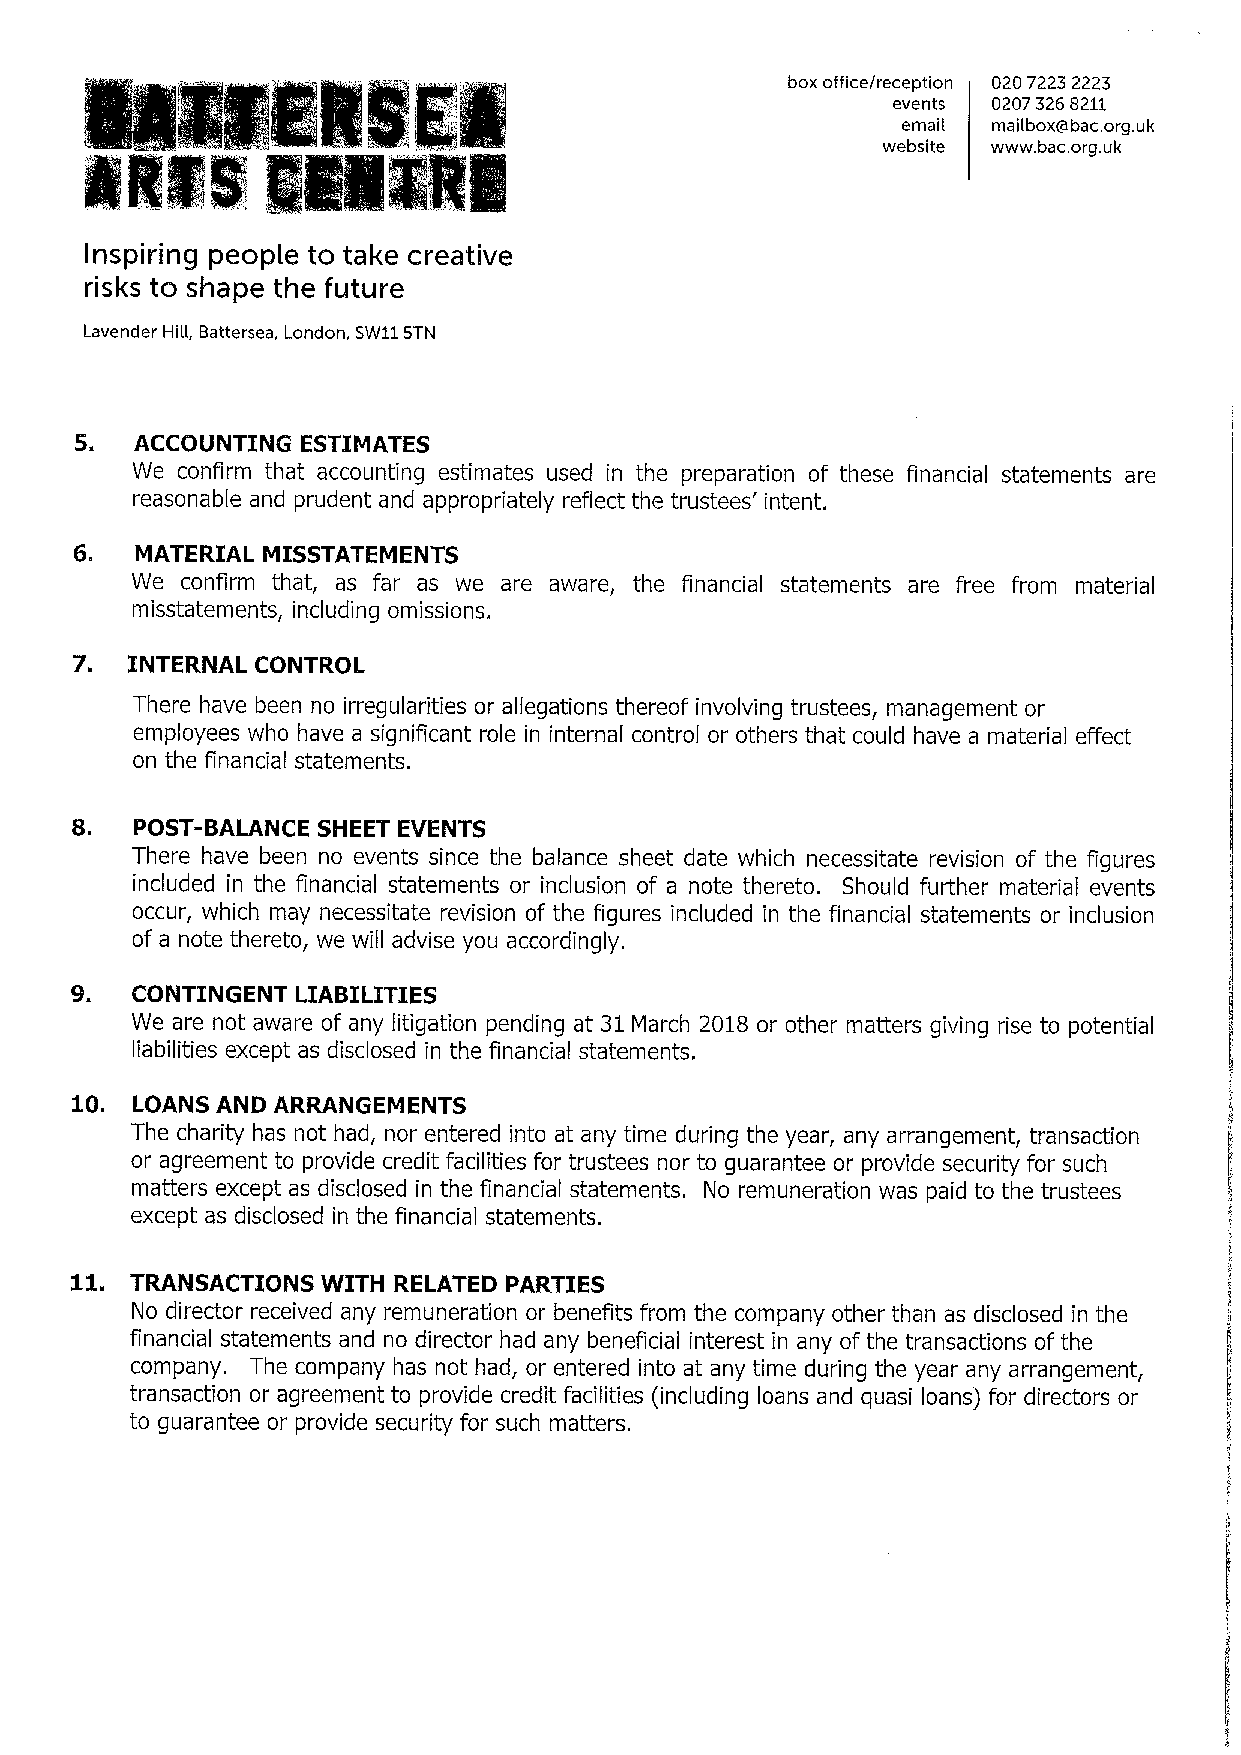
box office/reception 0207223 2223
 events 02073268211
 IIII        IIIIIl                                    email mailboxCabac. org.uk
 website www. bac.org,uk
 Inspiring people to take creative
 risks to shape the future
 Lavender Hill, Battersea, London, SW115TN
 5.
 ACCOUNTING ESTIMATES
 We confirm that accounting estimates used in the preparation of these financial statements are
 reasonable and prudent and appropriately reflect the trustees' intent.
 6.  MATERIAL MISSTATEMENTS
 We confirm that, as far as we are aware, the financial statements are free from material
 misstatements, including omissions.
 7.
 INTERNAL CONTROL
 There have been no irregularities or allegations thereof involving trustees, management or
 employees who have a significant role in internal control or others that could have a material effect
 on the financial statements.
 8.
 POST-BALANCE SHEET EVENTS
 There have been no events since the balance sheet date which necessitate revision of the figures
 included in the financial statements or inclusion of a note thereto. Should further material events
 occur, which may necessitate revision of the figures included in the financial statements or inclusion
 of a note thereto, we will advise you accordingly.
 9.
 CONTINGENT LIABILITIES
 We are not aware of any litigation pending at 31March 2018 or other matters giving rise to potential
 liabilities except as disclosed in the financial statements.
 10.
 LOANS AND ARRANGEMENTS
 The charity has not had, nor entered into at any time during the year, any arrangement, transaction
 or agreement to provide credit facilities for trustees nor to guarantee or provide security for such
 matters except as disclosed in the financial statements. No remuneration was paid to the trustees
 except as disclosed in the financial statements.
 11.
 TRANSACTIONS WITH RELATED PARTIES
 No director received any remuneration or benefits from the company other than as disclosed in the
 financial statements and no director had any beneficial interest in any ofthe transactions of the
 company. The company has not had, or entered into at any time during the year any arrangement,
 transaction or agreement to provide credit facilities (including loans and quasi loans) for directors or
 to guarantee or provide security for such matters.